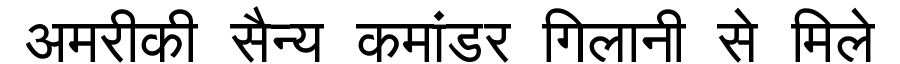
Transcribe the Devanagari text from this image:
अमरीकी सैन्य कमांडर गिलानी से मिले